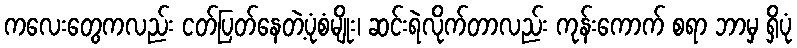
ကလေးတွေကလည်း ငတ်ပြတ်နေတဲ့ပုံစံမျိုး၊ ဆင်းရဲလိုက်တာလည်း ကုန်းကောက် စရာ ဘာမှ ရှိပုံ